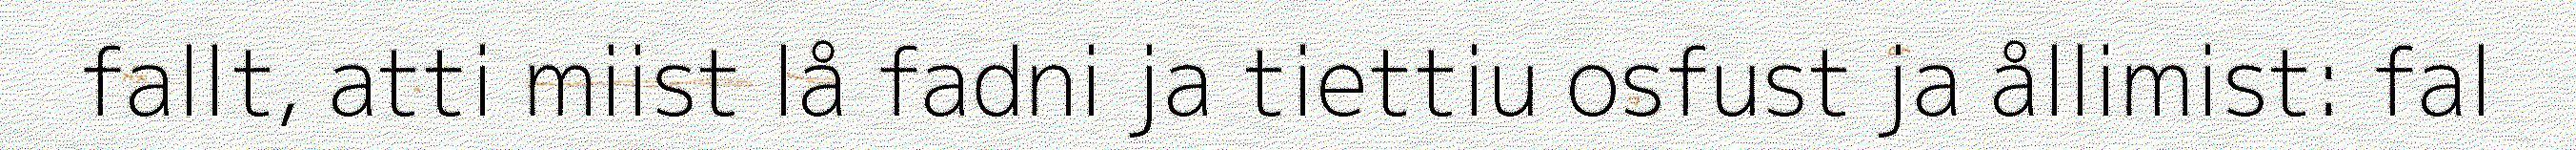
fallt, atti miist lå fadni ja tiettiu osfust ja ållimist: fal